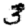
Digit: 3